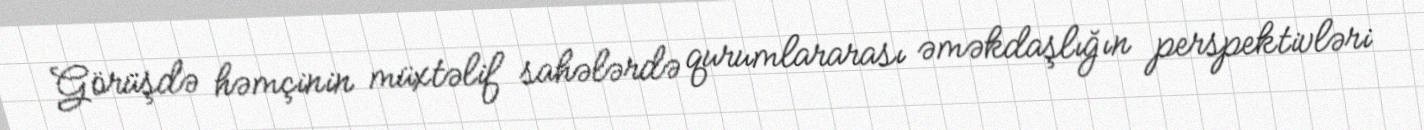
Görüşdə həmçinin müxtəlif sahələrdə qurumlararası əməkdaşlığın perspektivləri